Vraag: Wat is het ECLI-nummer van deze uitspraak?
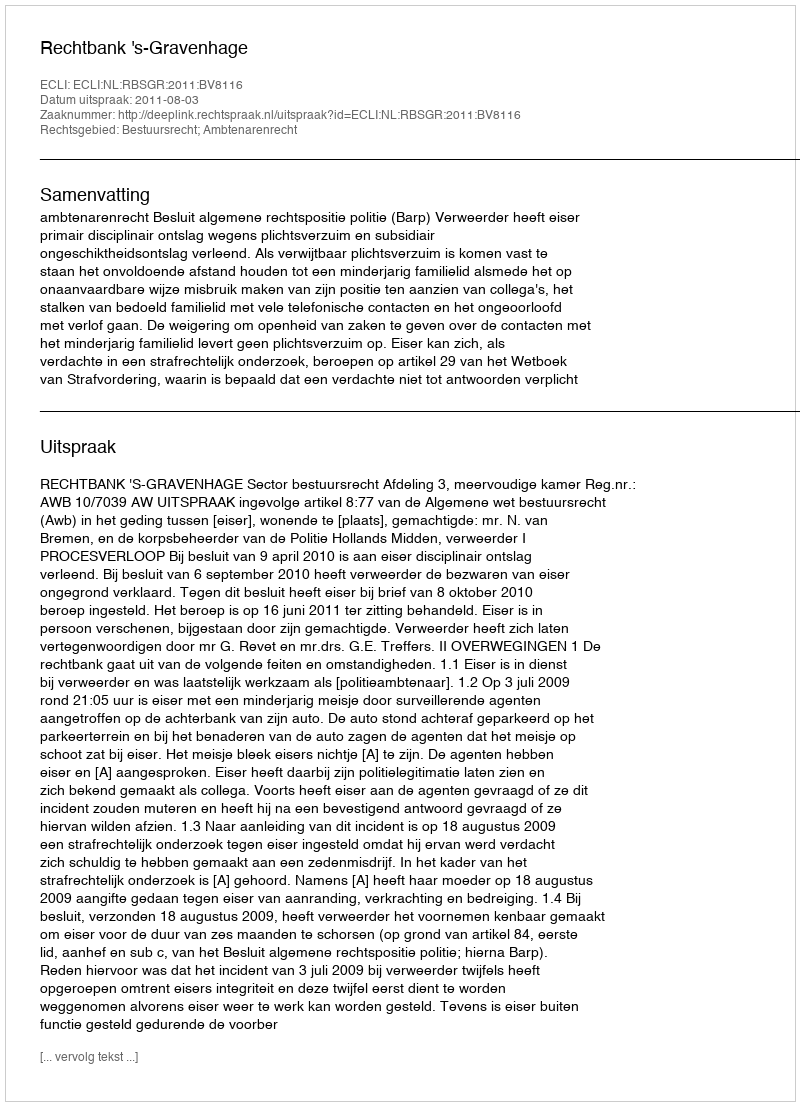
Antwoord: ECLI:NL:RBSGR:2011:BV8116